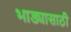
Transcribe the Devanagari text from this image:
भाड्यासाठी